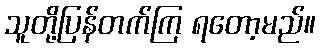
သူတို့ပြန်တက်ကြ ရတော့မည်။